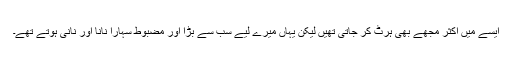
ایسے میں اکثر مجھے بھی ہرٹ کر جاتی تھیں لیکن یہاں میرے لیے سب سے بڑا اور مضبوط سہارا نانا اور نانی ہوتے تھے۔